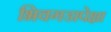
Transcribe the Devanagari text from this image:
भिवगडापेक्षा